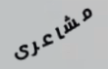
مشاعرى